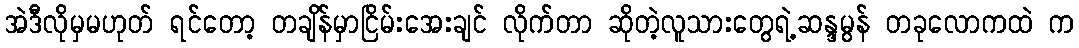
အဲဒီလိုမှမဟုတ် ရင်တော့ တချိန်မှာငြိမ်းအေးချင် လိုက်တာ ဆိုတဲ့လူသားတွေရဲ့ဆန္ဒမွန် တခုလောကထဲ က